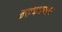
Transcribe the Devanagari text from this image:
डराघमकार